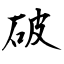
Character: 破